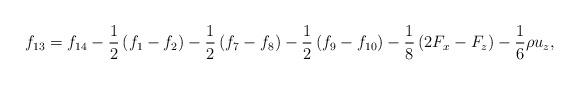
LaTeX: \begin{align*}{f_{13}} = {f_{14}} - \frac{1}{2}\left( {{f_1} - {f_2}} \right) - \frac{1}{2}\left( {{f_7} - {f_8}} \right) - \frac{1}{2}\left( {{f_9} - {f_{10}}} \right) - \frac{1}{8}\left( {2{F_x} - {F_z}} \right) - \frac{1}{6}\rho {u_z},\end{align*}